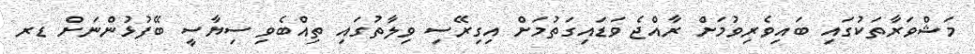
މަޝްވަރާތަކުގައި ބައިވެރިވުމަށް ރާއްޖެ ވަޑައިގަތުމަށް އިގިރޭސި ވިލާތުގައި ތިއްބެވި ސިޔާސީ ބޭފުޅުންނަށް ޑރ